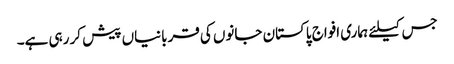
جس کیلئے ہماری افواج پاکستان جانوں کی قربانیاں پیش کر رہی ہے۔